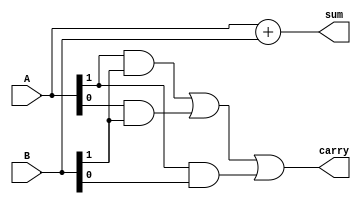
module four_bit_adder(
    input [1:0] A, // 2-bit input operand A
    input [1:0] B, // 2-bit input operand B
    output [1:0] sum, // 2-bit output for sum
    output carry // carry bit output
);

assign sum = A + B; // Add input operands A and B to get sum

assign carry = (A[1] & B[1]) | (A[0] & B[1]) | (A[1] & B[0]); // Calculate carry bit

endmodule